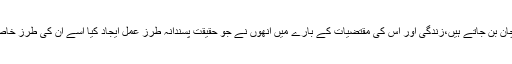
ان کے الفاظ ہی ان کی پہچان بن جاتے ہیں،زندگی اور اس کی مقتضیات کے بارے میں انھوں نے جو حقیقت پسندانہ طرز عمل ایجاد کیا اسے ان کی طرز خاص سے تعبیر کیا جاتا ہے۔